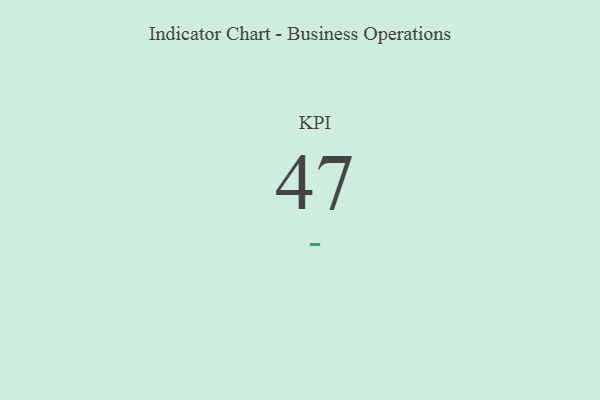
{"axis": {"x": "KPI", "y": "Value"}, "legend": [""], "data": [{"x": "KPI", "y": 47, "type": ""}]}